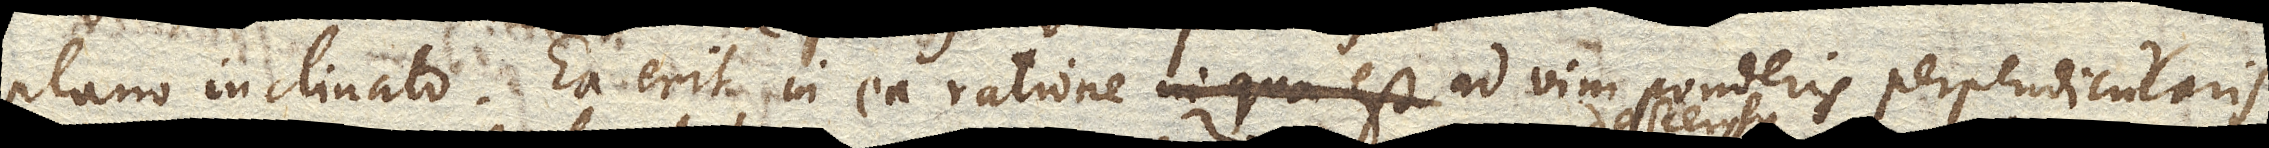
plano inclinato. Ea erit in ea ratione in qua est ad vim ponderis perpendicularis